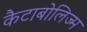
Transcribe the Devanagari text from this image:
कैटाबोलिज्म